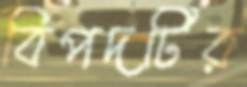
বিপদটির